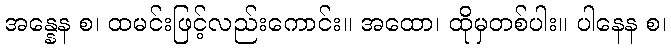
အန္နေန စ၊ ထမင်းဖြင့်လည်းကောင်း။ အထော၊ ထိုမှတစ်ပါး။ ပါနေန စ၊